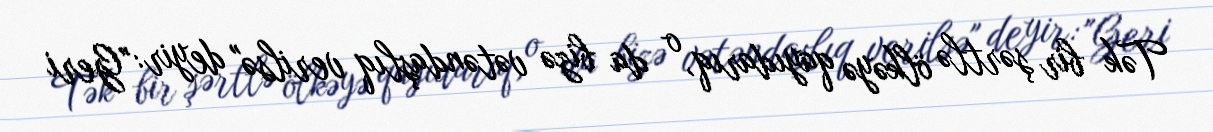
Tək bir şərtlə ölkəyə qayıdarıq, o da bizə vətəndaşlıq verilsə" deyir: "Geri